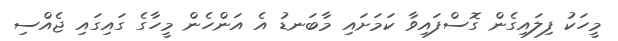
މީހަކު ފިލައިގެން ގޮސްފައިވާ ކަމަށައި މާބަނޑު އެ އަންހެން މީހާގެ ގައިގައި ޖެއްސި